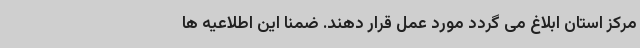
مرکز استان ابلاغ می گردد مورد عمل قرار دهند. ضمناً این اطلاعیه ها